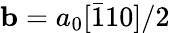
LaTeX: \mathbf{b}=a_{0}[\bar{1}10]/2